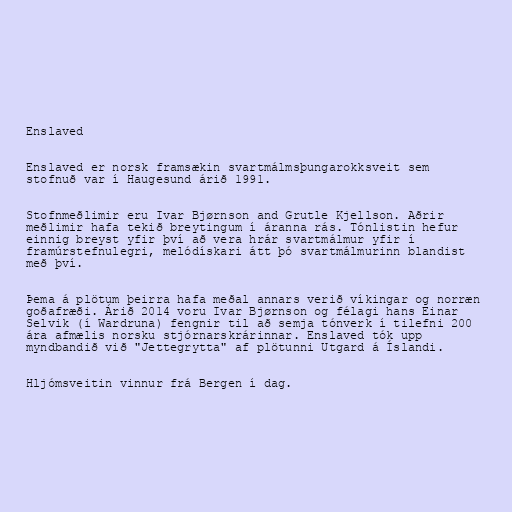
Enslaved

Enslaved er norsk framsækin svartmálmsþungarokksveit sem
stofnuð var í Haugesund árið 1991.

Stofnmeðlimir eru Ivar Bjørnson and Grutle Kjellson. Aðrir
meðlimir hafa tekið breytingum í áranna rás. Tónlistin hefur
einnig breyst yfir því að vera hrár svartmálmur yfir í
framúrstefnulegri, melódískari átt þó svartmálmurinn blandist
með því.

Þema á plötum þeirra hafa meðal annars verið víkingar og norræn
goðafræði. Árið 2014 voru Ivar Bjørnson og félagi hans Einar
Selvik (í Wardruna) fengnir til að semja tónverk í tilefni 200
ára afmælis norsku stjórnarskrárinnar. Enslaved tók upp
myndbandið við "Jettegrytta" af plötunni Utgard á Íslandi.

Hljómsveitin vinnur frá Bergen í dag.